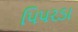
પિપરડા